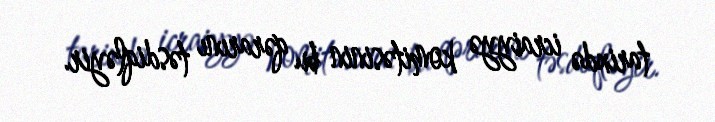
tarixdə icraiyyə komitəsinin bu qərarını təsdiqləyir.